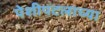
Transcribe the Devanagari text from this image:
पेशीपटलाच्या